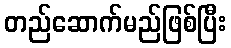
တည်ဆောက်မည်ဖြစ်ပြီး